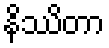
နိဿိတာ